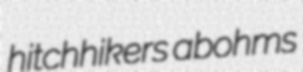
hitchhikers abohms